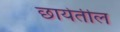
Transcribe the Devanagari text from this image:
छायेतील